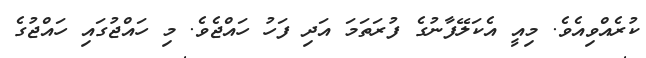
ކުރެއްވިއެވެ. މިއީ އެކަލޭފާނުގެ ފުރަތަމަ އަދި ފަހު ހައްޖެވެ. މި ހައްޖުގައި ހައްޖުގެ